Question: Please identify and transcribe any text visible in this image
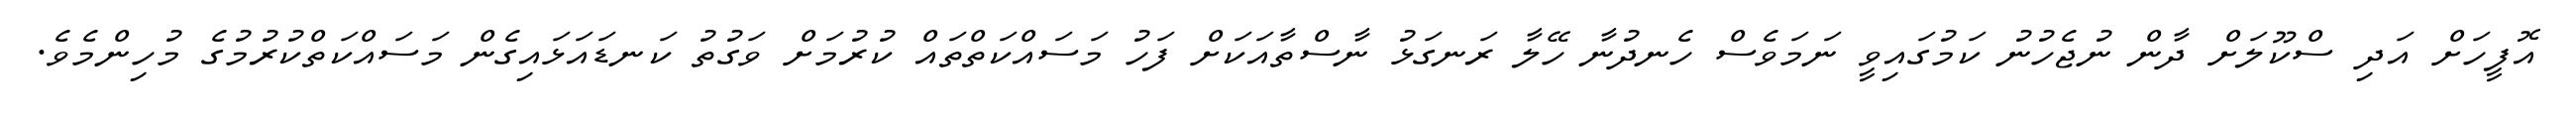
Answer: އޮފީހަށް އަދި ސްކޫލަށް ދާން ނުޖެހުނު ކަމުގައިވީ ނަމަވެސް ހެނދުނާ ހޭލާ ރަނގަޅު ނާސްތާއަކަށް ފަހު މަސައްކަތްތައް ކުރުމަށް ވަގުތު ކަނޑައަޅައިގެން މަސައްކަތްކުރުމުގެ މުހިންމެވެ.